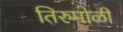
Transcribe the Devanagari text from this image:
तिरुमोळी